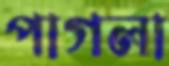
পাগলা